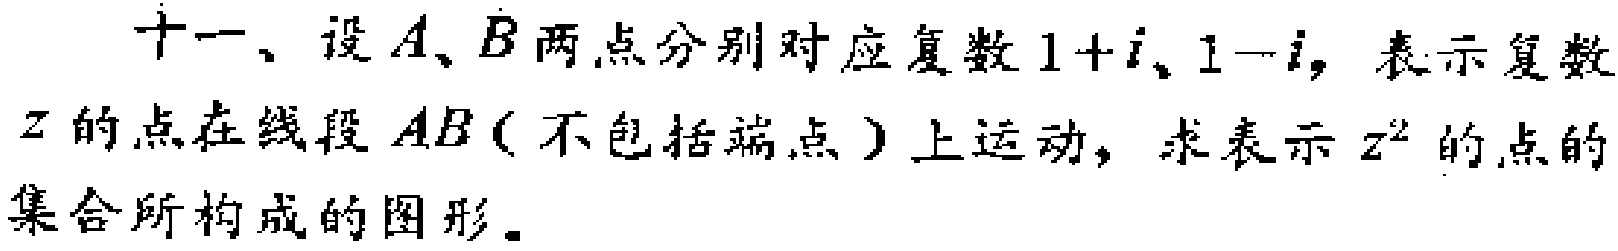
十一、设\(A、B\)两点分别对应复数\(1 + i、1 - i\)，表示复数\(z\)的点在线段\(AB\)（不包括端点）上运动，求表示\(z^{2}\)的点的集合所构成的图形。